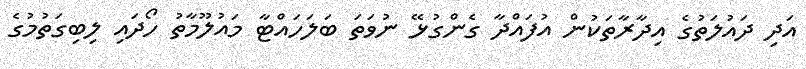
އަދި ދައުލަތުގެ އިދާރާތަކުން އުފައްދާ ގެންގުޅޭ ނުވަތަ ބަލަހައްޓާ މައުލޫމާތު ހޯދައި ލިބިގަތުމުގެ